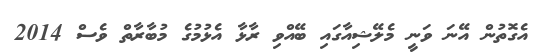
އެގޮތުން އޭނަ ވަނީ މެލޭޝިއާގައި ބޭއްވި ރާޅާ އެޅުމުގެ މުބާރާތް ވެސް 2014